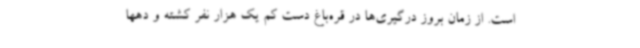
است. از زمان بروز درگیری‌ها در قره‌باغ دست کم یک هزار نفر کشته و دهها